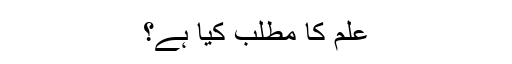
علم کا مطلب کیا ہے؟